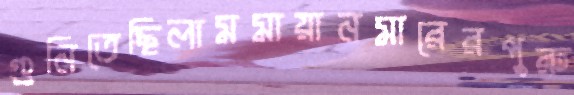
গুনিতেছিলামমায়ানমারেরপুরু